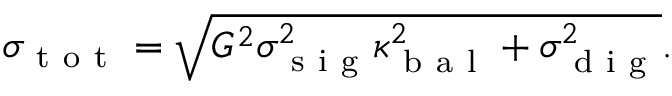
\sigma _ { \mathrm { ~ t ~ o ~ t ~ } } = \sqrt { G ^ { 2 } \sigma _ { \mathrm { ~ s ~ i ~ g ~ } } ^ { 2 } \kappa _ { \mathrm { ~ b ~ a ~ l ~ } } ^ { 2 } + \sigma _ { \mathrm { ~ d ~ i ~ g ~ } } ^ { 2 } } .